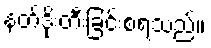
နတ်ဒိုးတီးခြင်းစရသည်။